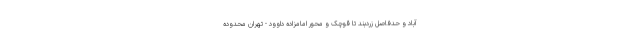
آباد و حدفاصل زردبند تا قوچک و محور امامزاده داوود - تهران محدوده